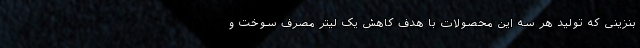
بنزینی که تولید هر سه این محصولات با هدف کاهش یک لیتر مصرف سوخت و